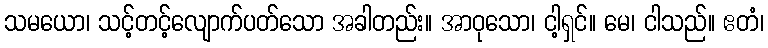
သမယော၊ သင့်တင့်လျောက်ပတ်သော အခါတည်း။ အာဝုသော၊ ငါ့ရှင်။ မေ၊ ငါသည်။ ဧတံ၊